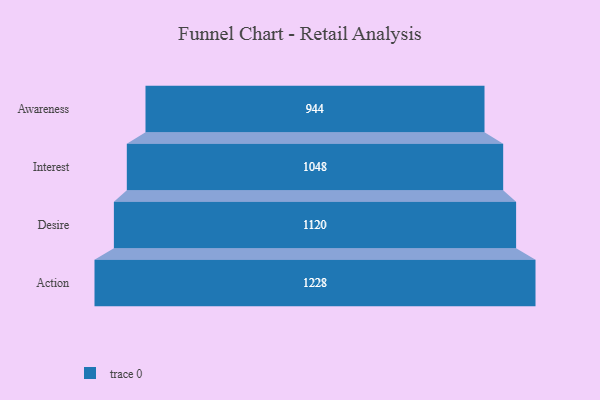
{"axis": {"x": "Stage", "y": "Value"}, "legend": [""], "data": [{"x": "Awareness", "y": 944.0, "type": ""}, {"x": "Interest", "y": 1048.0, "type": ""}, {"x": "Desire", "y": 1120.0, "type": ""}, {"x": "Action", "y": 1228.0, "type": ""}]}